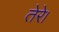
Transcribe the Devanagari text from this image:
तेरे।